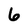
Character: 6